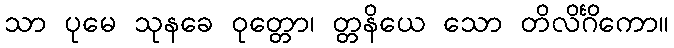
သာ ပုမေ သုနခေ ဝုတ္တော၊ တ္တနိယေ သော တိလိင်္ဂိကော။